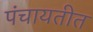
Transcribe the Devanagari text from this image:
पंचायतीत